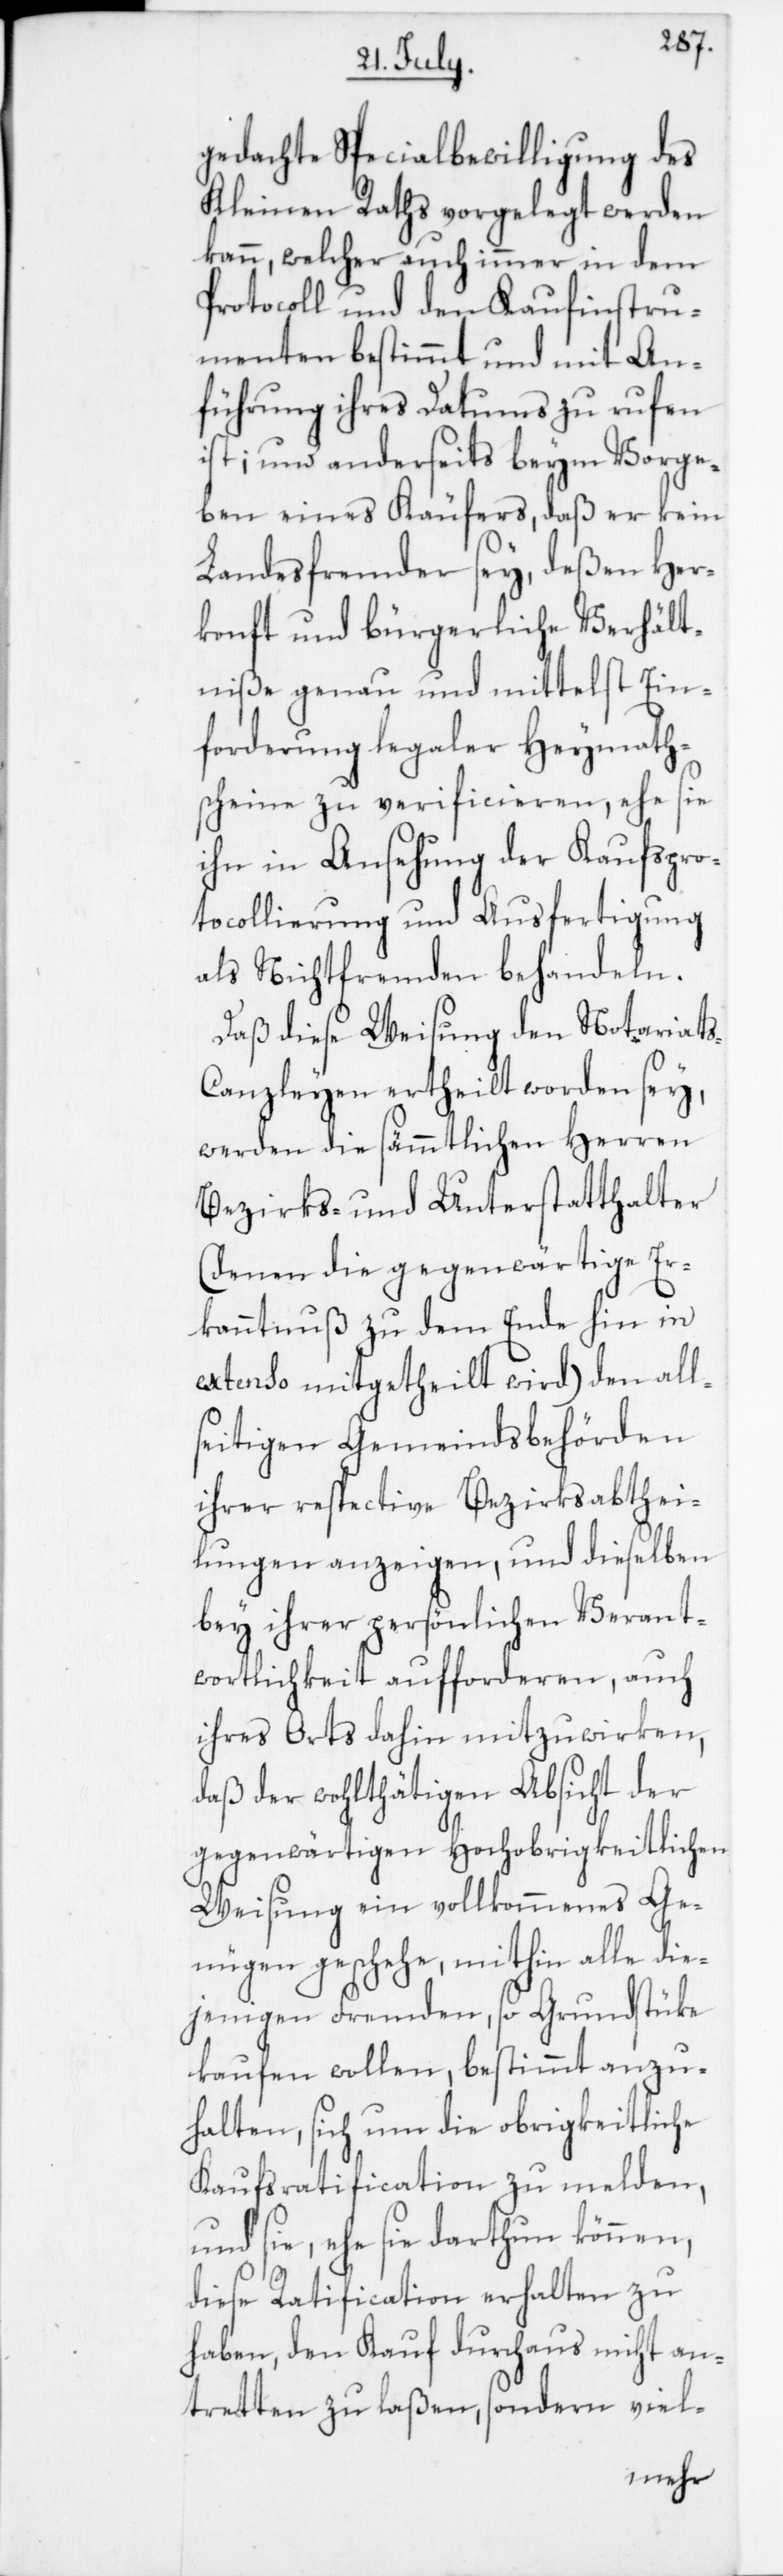
gedachte Specialbewilligung des
Kleinen Raths vorgelegt werden
kann, welcher auch immer in dem
Protocoll und den Kaufinstru¬
menten bestimmt und mit An¬
führung ihres Datums zu rufen
ist; und anderseits beym Vorge¬
ben eines Käufers, daß er kein
Landesfremder sey, deßen Her¬
konft und bürgerliche Verhält¬
niße genau und mittelst Ein¬
forderung legaler Heymath¬
scheine zu verificieren, ehe sie
ihn in Ansehung der Kaufspro¬
tocollierung und Ausfertigung
als Nichtfremden behandeln.
Daß diese Weisung den Notariat¬
s-Canzleyen ertheilt worden sey,
werden die sämmtlichen Herren
Bezirks- und Unterstatthalter
(denen die gegenwärtige Er¬
kanntnuß zu dem Ende hin in
extenso mitgetheilt wird) den all¬
seitigen Gemeindsbehörden
ihrer respective Bezirksabthei¬
lungen anzeigen, und dieselben
bey ihrer persönlichen Verant¬
wortlichkeit aufforderen, auch
ihres Orts dahin mitzuwirken,
daß der wohlthätigen Absicht der
gegenwärtigen Hochobrigkeitlichen
Weisung ein vollkommenes Ge¬
nügen geschehe, mithin alle die¬
jenigen Fremden, so Grundstüke
kaufen wollen, bestimmt anzu¬
halten, sich um die obrigkeitliche
Kaufsratification zu melden,
und sie, ehe sie darthun können,
diese Ratification erhalten zu
haben, den Kauf durchaus nicht an¬
tretten zu laßen, sondern viel-